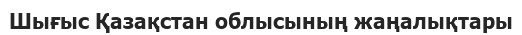
Шығыс Қазақстан облысының жаңалықтары